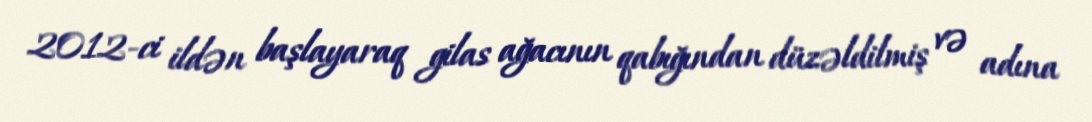
2012-ci ildən başlayaraq gilas ağacının qabığından düzəldilmiş və adına